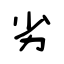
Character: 劣